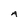
Character: A